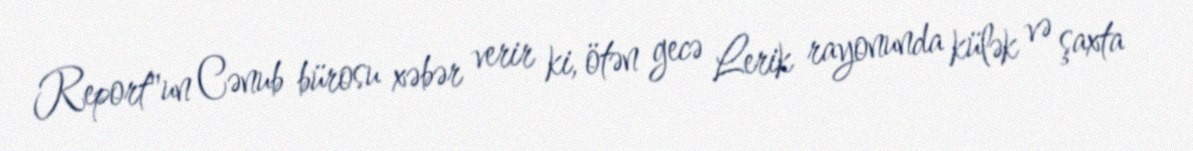
Report"un Cənub bürosu xəbər verir ki, ötən gecə Lerik rayonunda külək və şaxta